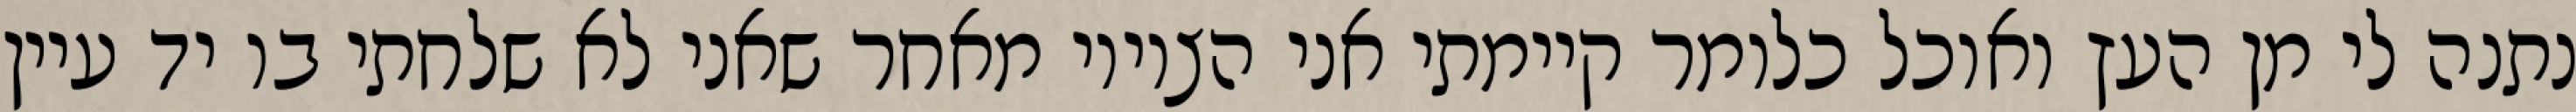
נתנה לי מן העץ ואוכל כלומר קיימתי אני הציווי מאחר שאני לא שלחתי בו יד עיין